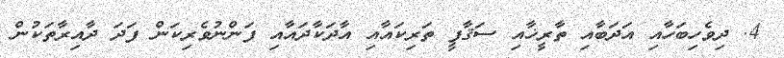
4. ދިވެހިބަހާއި އަދަބާއި ތާރީޚާއި ސަޤާފީ ތަރިކައާއި އާދަކާދައާއި ފަންނުވެރިކަން ފަދަ ދާއިރާތަކުން